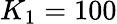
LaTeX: K_{1}=100